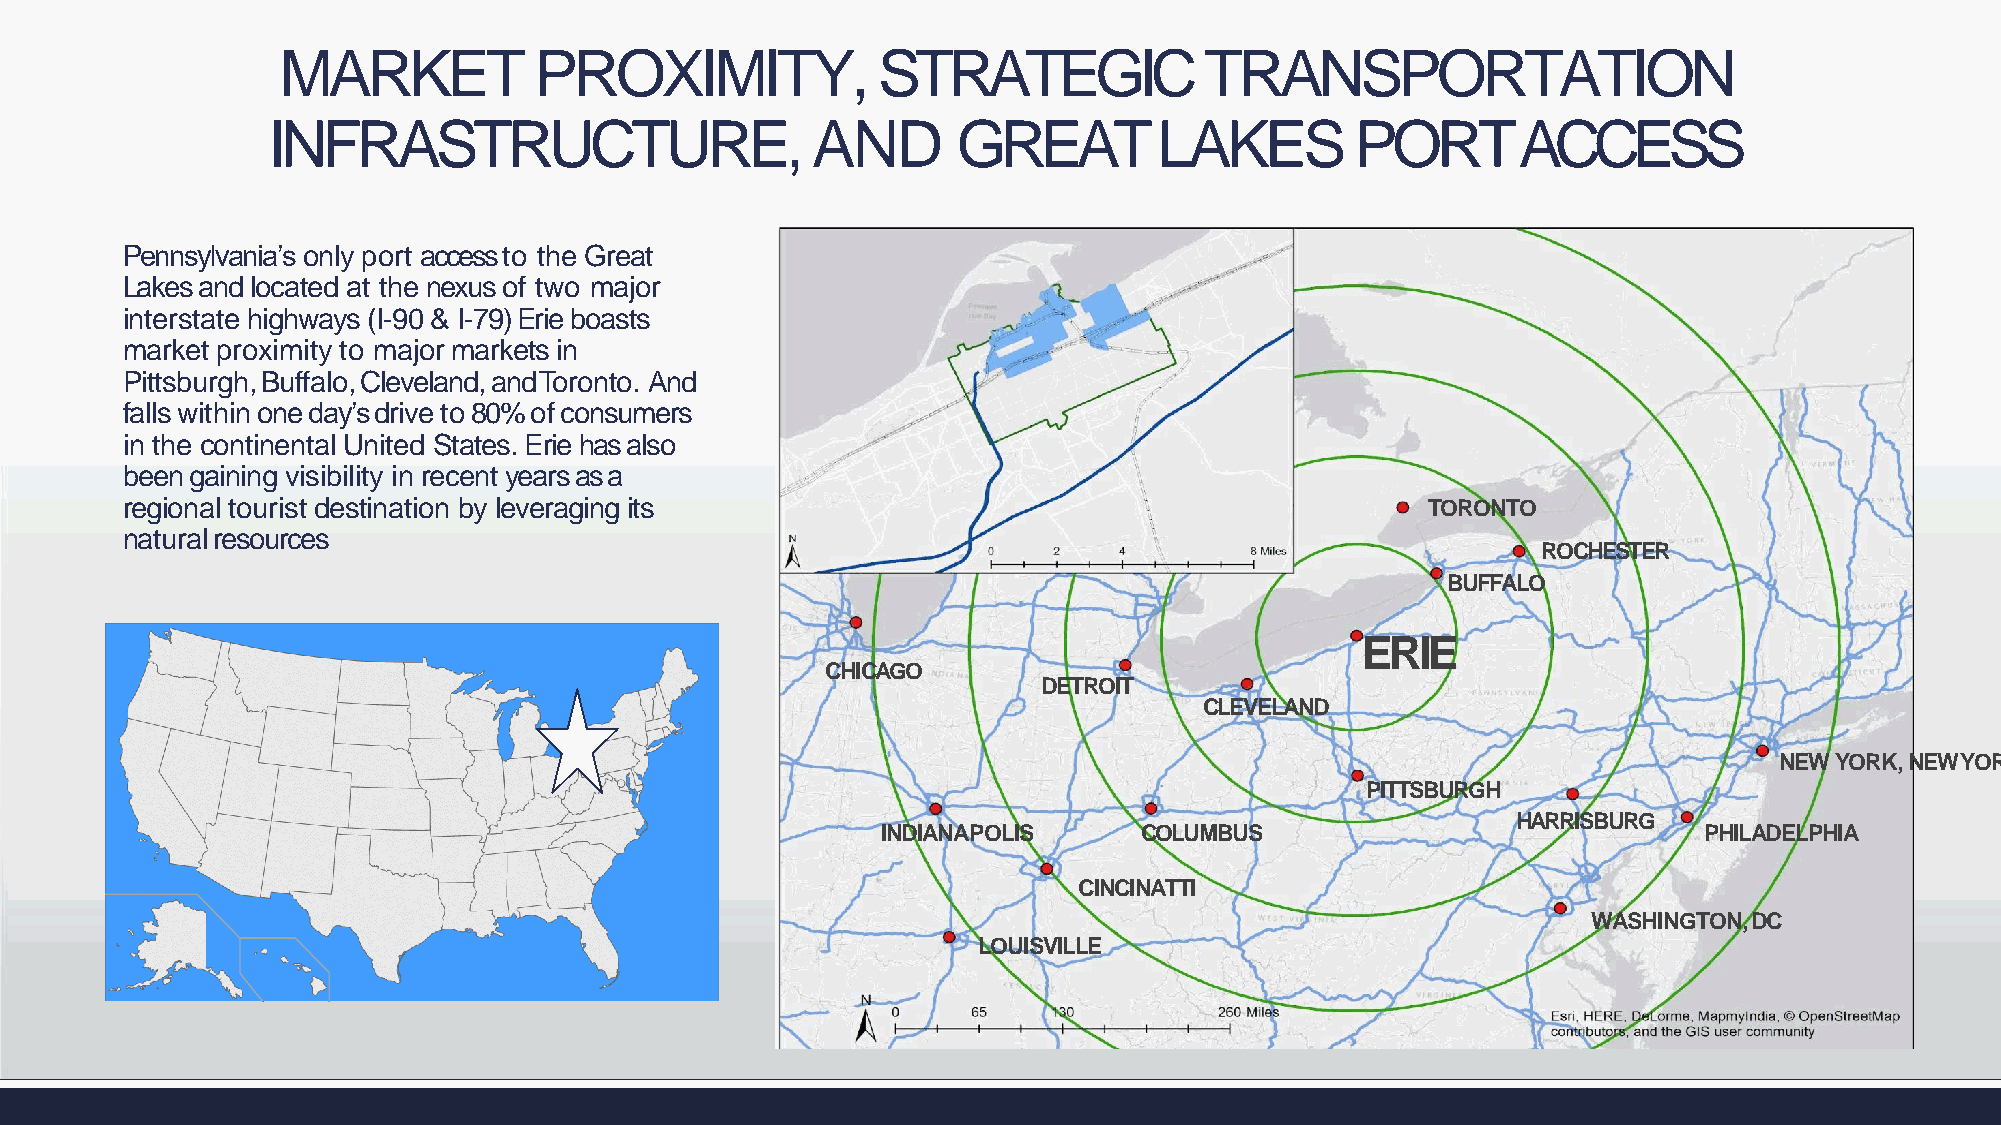
MARKET           PROXIMITY,             STRATEGIC             TRANSPORTATION
 INFRASTRUCTURE,                     AND      GREAT         LAKES        PORTACCESS
 Pennsylvania’s only port access to the Great
 Lakes and located at the nexus of two major
 interstate highways (I-90 & I-79) Erie boasts
 market proximity to major markets in
 Pittsburgh,Buffalo,Cleveland,andToronto. And
 fallswithinoneday’sdriveto80%ofconsumers
 in the continental United States. Erie has also
 been gaining visibility in recent years as a
 regional tourist destination by leveraging its                                        TORONTO
 naturalresources
 ROCHESTER
 BUFFALO
 ERIE
 CHICAGO
 DETROIT
 CLEVELAND
 NEW YORK, NEWYOR
 PITTSBURGH
 HARRISBURG
 INDIANAPOLIS     COLUMBUS                              PHILADELPHIA
 CINCINATTI
 WASHINGTON,DC
 LOUISVILLE